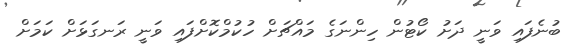
ބުނެފައި ވަނީ ދަށު ކޯޓުން ހިންނަގެ މައްޗަށް ހުކުމްކޮށްފައި ވަނީ ރަނގަޅަށް ކަމަށް